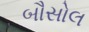
બૌસોલ